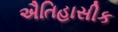
ઐતિહાસીક